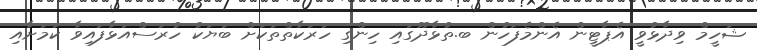
ޝަހީމް ވިދާޅުވީ އެޕާޓީން އެންމެފަހުން ބ.ތުޅާދޫގައި ހިންގި ހަރަކާތްތަކަށް ބަޔަކު ހުރަސްއަޅާފައިވާ ކަމަށާއި